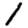
Digit: 1